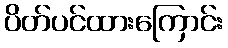
ပိတ်ပင်ထားကြောင်း